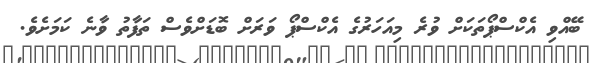
ބޭއްވި އެކްސްޕޯތަކަށް ވުރެ މިއަހަރުގެ އެކްސްޕޯ ވަރަށް ބޮޑަށްވެސް ތަފާތު ވާނެ ކަމަށެވެ.